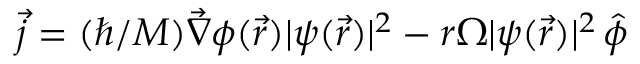
\vec { j } = ( \hbar / M ) \vec { \nabla } \phi ( \vec { r } ) | \psi ( \vec { r } ) | ^ { 2 } - r \Omega | \psi ( \vec { r } ) | ^ { 2 } \, \hat { \phi }